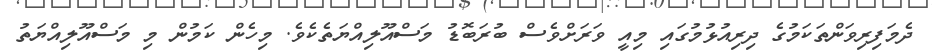
ދެމަފިރިވަންތަކަމުގެ ދިރިއުޅުމުގައި މިއީ ވަރަށްވެސް ބުރަބޮޑު މަސްއޫލިއްޔަތެކެވެ. މިހެން ކަމުން މި މަސްއޫލިއްޔަތު